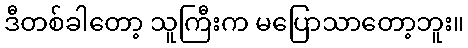
ဒီတစ်ခါတော့ သူကြီးက မပြောသာတော့ဘူး။